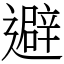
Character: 避